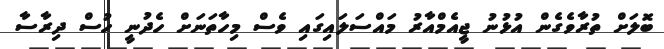
ބޮލަށް ތުރާވެގެން އުޅުނު ޖީއެމްއާރު މައްސަލައިގައި ވެސް މިހާތަނަށް ހެދުނީ ހުސް ދިރާސާ